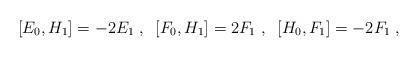
LaTeX: \begin{align*}[E_{0},H_{1}] = -2E_{1}\;,\;\; [F_{0},H_{1}] = 2F_{1}\;, \;\;[H_{0},F_{1}] = -2F_{1}\;,\end{align*}